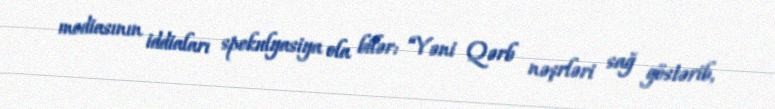
mediasının iddiaları spekulyasiya ola bilər: “Yəni Qərb nəşrləri sağ göstərib,